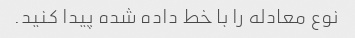
نوع معادله را با خط داده شده پیدا کنید.